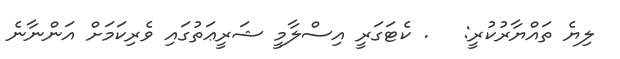
ލިޔެ ތައްޔާރުކުރީ:   . ކެޓަގަރީ އިސްލާމީ ޝަރީޢަތުގައި ވެރިކަމަށް އަންނާނެ